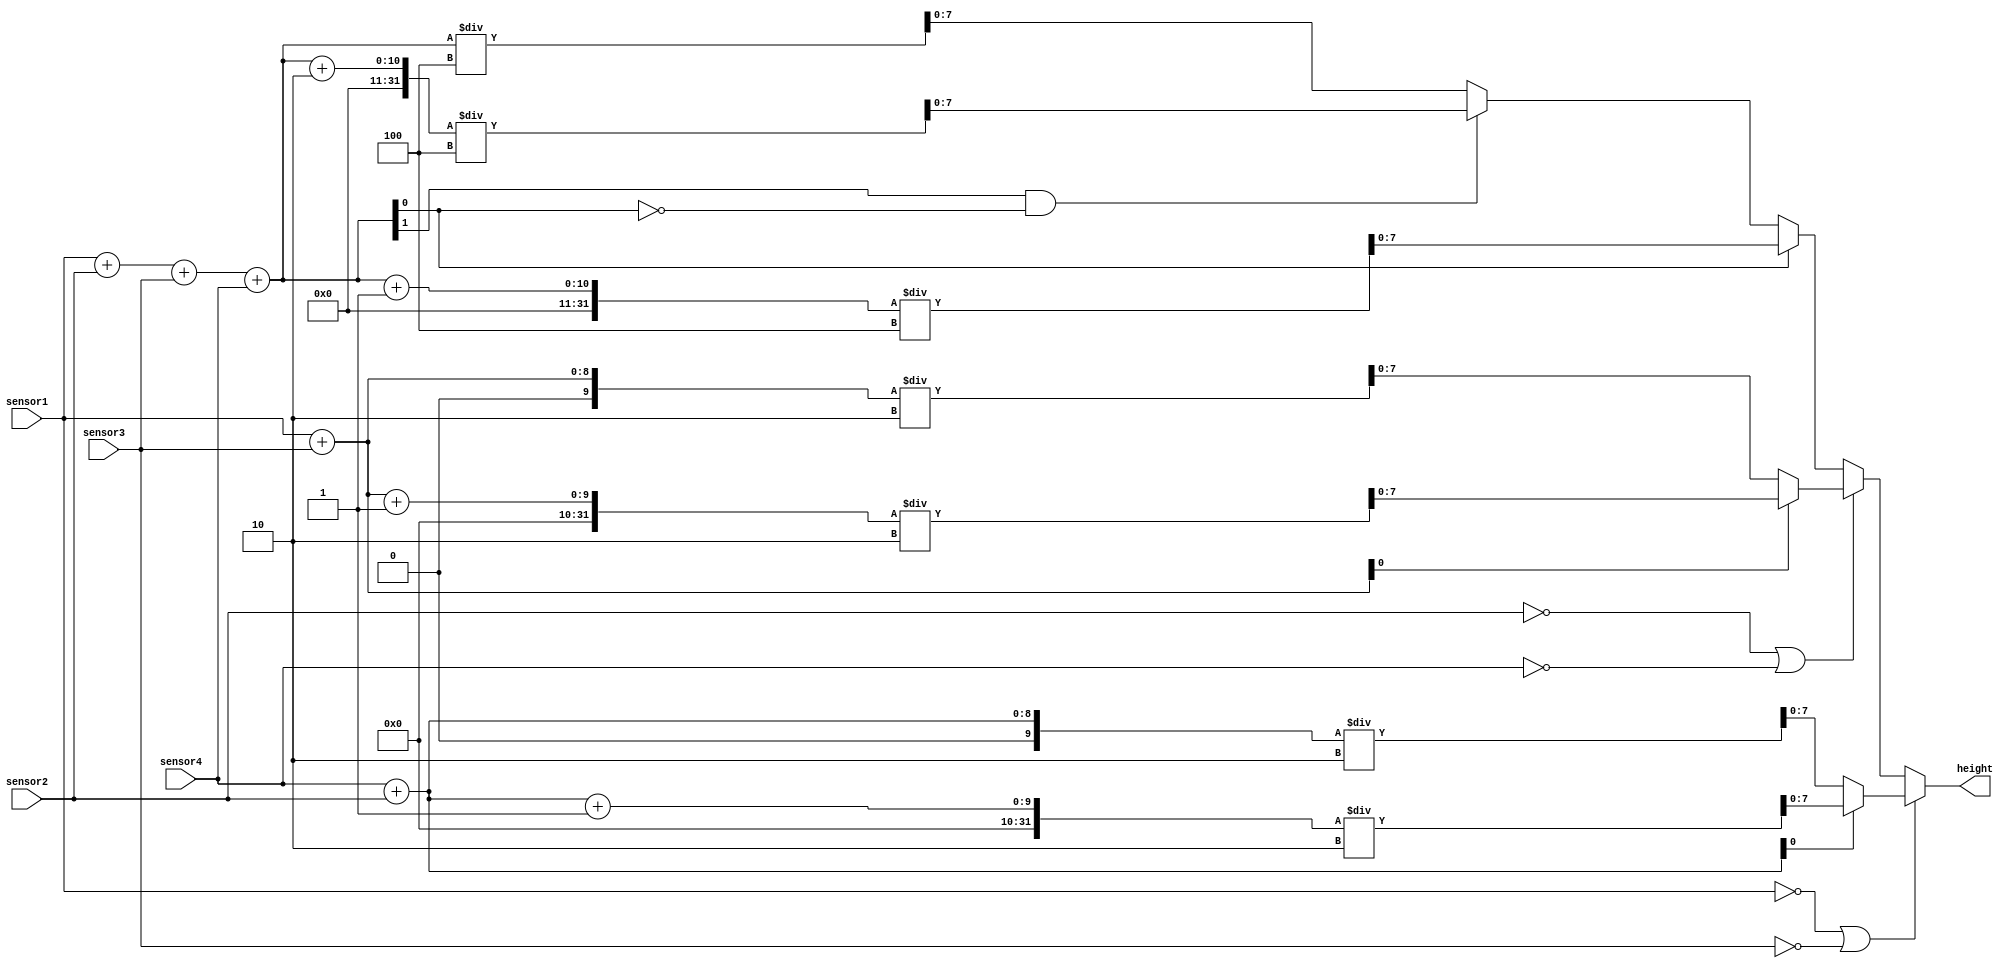
`timescale 1ns / 1ps
//////////////////////////////////////////////////////////////////////////////////
// Company: 
// Engineer: 
// 
// Design Name: 
// Module Name:    sensors_input 
// Project Name: 
// Target Devices: 
// Tool versions: 
// Description: 
//
// Dependencies: 
//
// Revision: 
// Revision 0.01 - File Created
// Additional Comments: 
//
//////////////////////////////////////////////////////////////////////////////////
module sensors_input(
      output [7:0] height,
	  input  [7:0] sensor1,
	  input  [7:0] sensor2,
	  input  [7:0] sensor3,
	  input  [7:0] sensor4
    );
reg [9:0] med;
reg [9:0] sum;


always @(*) begin
    if(sensor1 == 0 || sensor3 == 0) begin
	  sum = sensor4 + sensor2;
	  if (sum[0] == 1) begin // se verifica daca suma este impara ( un numar este impar daca are lsb = 1)
	    med = (sum + 1) / 2;
		end else begin
		   med = sum /2;
		end	
    end else if ( sensor2 == 0 || sensor4 == 0) begin
	    sum = sensor1 + sensor3;
		   if(sum[0] == 1) begin //La suma impara adaugam 1 pentru a aproxima media cu o unitate in sus
			med = (sum + 1) /2;
			end else begin
			   med = sum /2;
			end		 
    end else begin
          sum = (sensor1 + sensor2 + sensor3 + sensor4);
         if( sum[0] == 1 ) begin
           med = (sum + 1) /4;
         end else if(  sum[1] == 1 && sum[0] == 0 ) begin //verificam daca un numar nu e divizibil cu 4 ( un numar binar e divizibil cu 4 daca ultimii 2 biti sunt 0)
			  med = (sum + 2) /4;
		 end else begin
              med = sum /4 ;
		 end
	end
end
assign  height = med;
endmodule